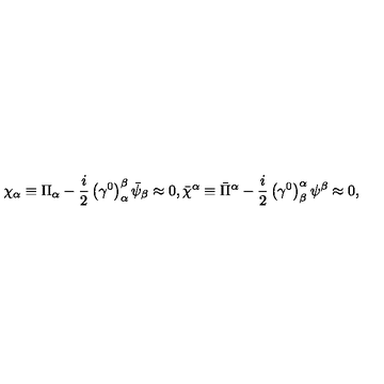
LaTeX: \chi _ { \alpha } \equiv \Pi _ { \alpha } - \frac { i } { 2 } \left( \gamma ^ { 0 } \right) _ { \alpha } ^ { \beta } \bar { \psi } _ { \beta } \approx 0 , \bar { \chi } ^ { \alpha } \equiv \bar { \Pi } ^ { \alpha } - \frac { i } { 2 } \left( \gamma ^ { 0 } \right) _ { \beta } ^ { \alpha } \psi ^ { \beta } \approx 0 ,